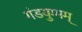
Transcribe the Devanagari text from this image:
गंडयुग्मम्